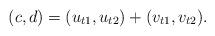
LaTeX: \begin{align*} (c,d)= (u_{t1},u_{t2})+(v_{t1},v_{t2}).\end{align*}